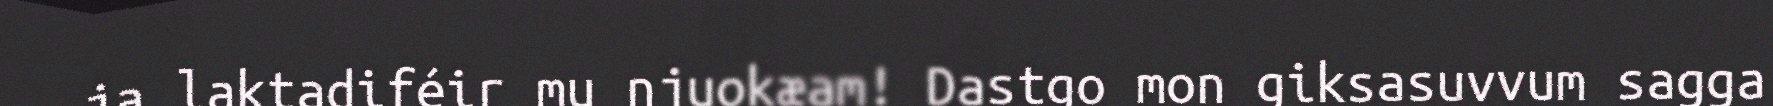
ja laktadiféir mu njuokæam! Dastgo mon giksasuvvum sagga